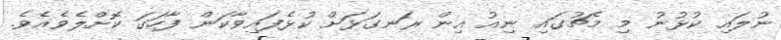
ނުލައި ކުޅުނު މި މެޗުގައި ނިއު އިން ރަނގަޅަށް ކުޅެފައިވާކަން ފާހަގަ ކޮށްލެވެއެވެ.